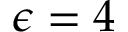
\epsilon = 4